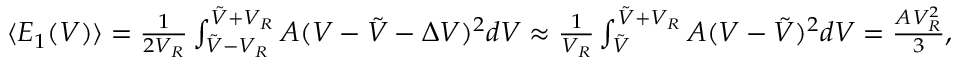
\begin{array} { r } { \langle E _ { 1 } ( V ) \rangle = \frac 1 { 2 V _ { R } } \int _ { \tilde { V } - V _ { R } } ^ { \tilde { V } + V _ { R } } A ( V - \tilde { V } - \Delta V ) ^ { 2 } d V \approx \frac 1 { V _ { R } } \int _ { \tilde { V } } ^ { \tilde { V } + V _ { R } } A ( V - \tilde { V } ) ^ { 2 } d V = \frac { A V _ { R } ^ { 2 } } 3 , } \end{array}